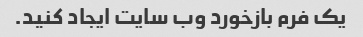
یک فرم بازخورد وب سایت ایجاد کنید.